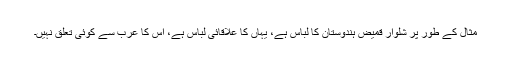
مثال کے طور پر شلوار قمیض ہندوستان کا لباس ہے، یہاں کا علاقائی لباس ہے، اس کا عرب سے کوئی تعلق نہیں۔